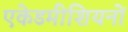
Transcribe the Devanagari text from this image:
एकेडमीशियनों